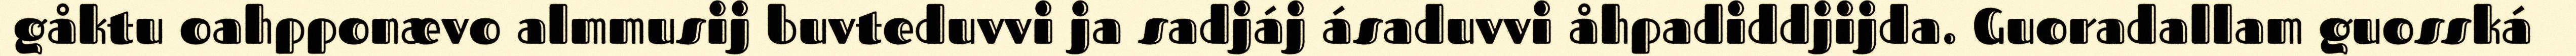
gåktu oahpponævo almmusij buvteduvvi ja sadjáj ásaduvvi åhpadiddjijda. Guoradallam guosská